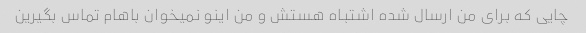
چایی که برای من ارسال شده اشتباه هستش و من اینو نمیخوان باهام تماس بگیرین